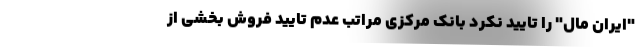
"ایران مال" را تایید نکرد بانک مرکزی مراتب عدم تایید فروش بخشی از